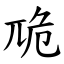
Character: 卼